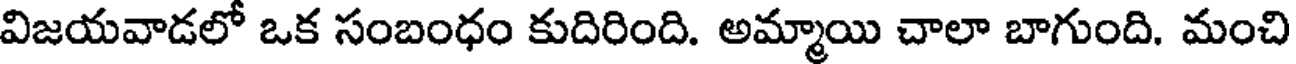
విజయవాడలో ఒక సంబంధం కుదిరింది. అమ్మాయి చాలా బాగుంది. మంచి